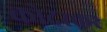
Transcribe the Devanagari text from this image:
कोदरकर